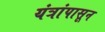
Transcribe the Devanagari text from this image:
यंत्रांपासून